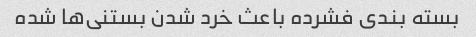
بسته بندی فشرده باعث خرد شدن بستنی‌ها شده